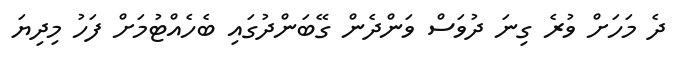
ދެ މަހަށް ވުރެ ގިނަ ދުވަސް ވަންދެން ގޭބަންދުގައި ބެހެއްޓުމަށް ފަހު މިދިޔަ